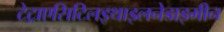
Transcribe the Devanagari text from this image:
टेट्राएसिटिलइथाइलनेडाइमीन